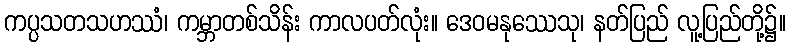
ကပ္ပသတသဟဿံ၊ ကမ္ဘာတစ်သိန်း ကာလပတ်လုံး။ ဒေဝမနုဿေသု၊ နတ်ပြည် လူ့ပြည်တို့၌။